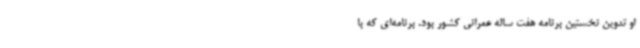
او تدوین نخستین برنامه هفت ساله عمرانی کشور بود. برنامه‌ای که با